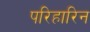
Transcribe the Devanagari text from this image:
परिहारिन